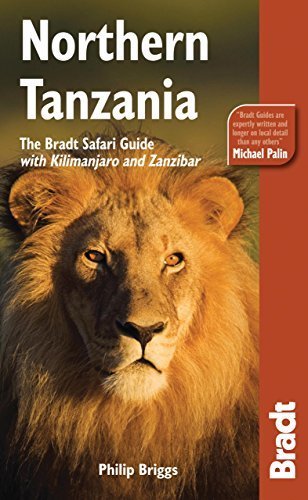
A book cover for Northern Tanzania, 2nd: The Bradt Safari Guide with Kilimanjaro and Zanzibar (Bradt Travel Guide Northern Tanzania) Second edition by Briggs, Philip (2009) Paperback; Philip Briggs; Travel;